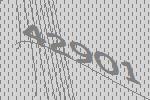
42901